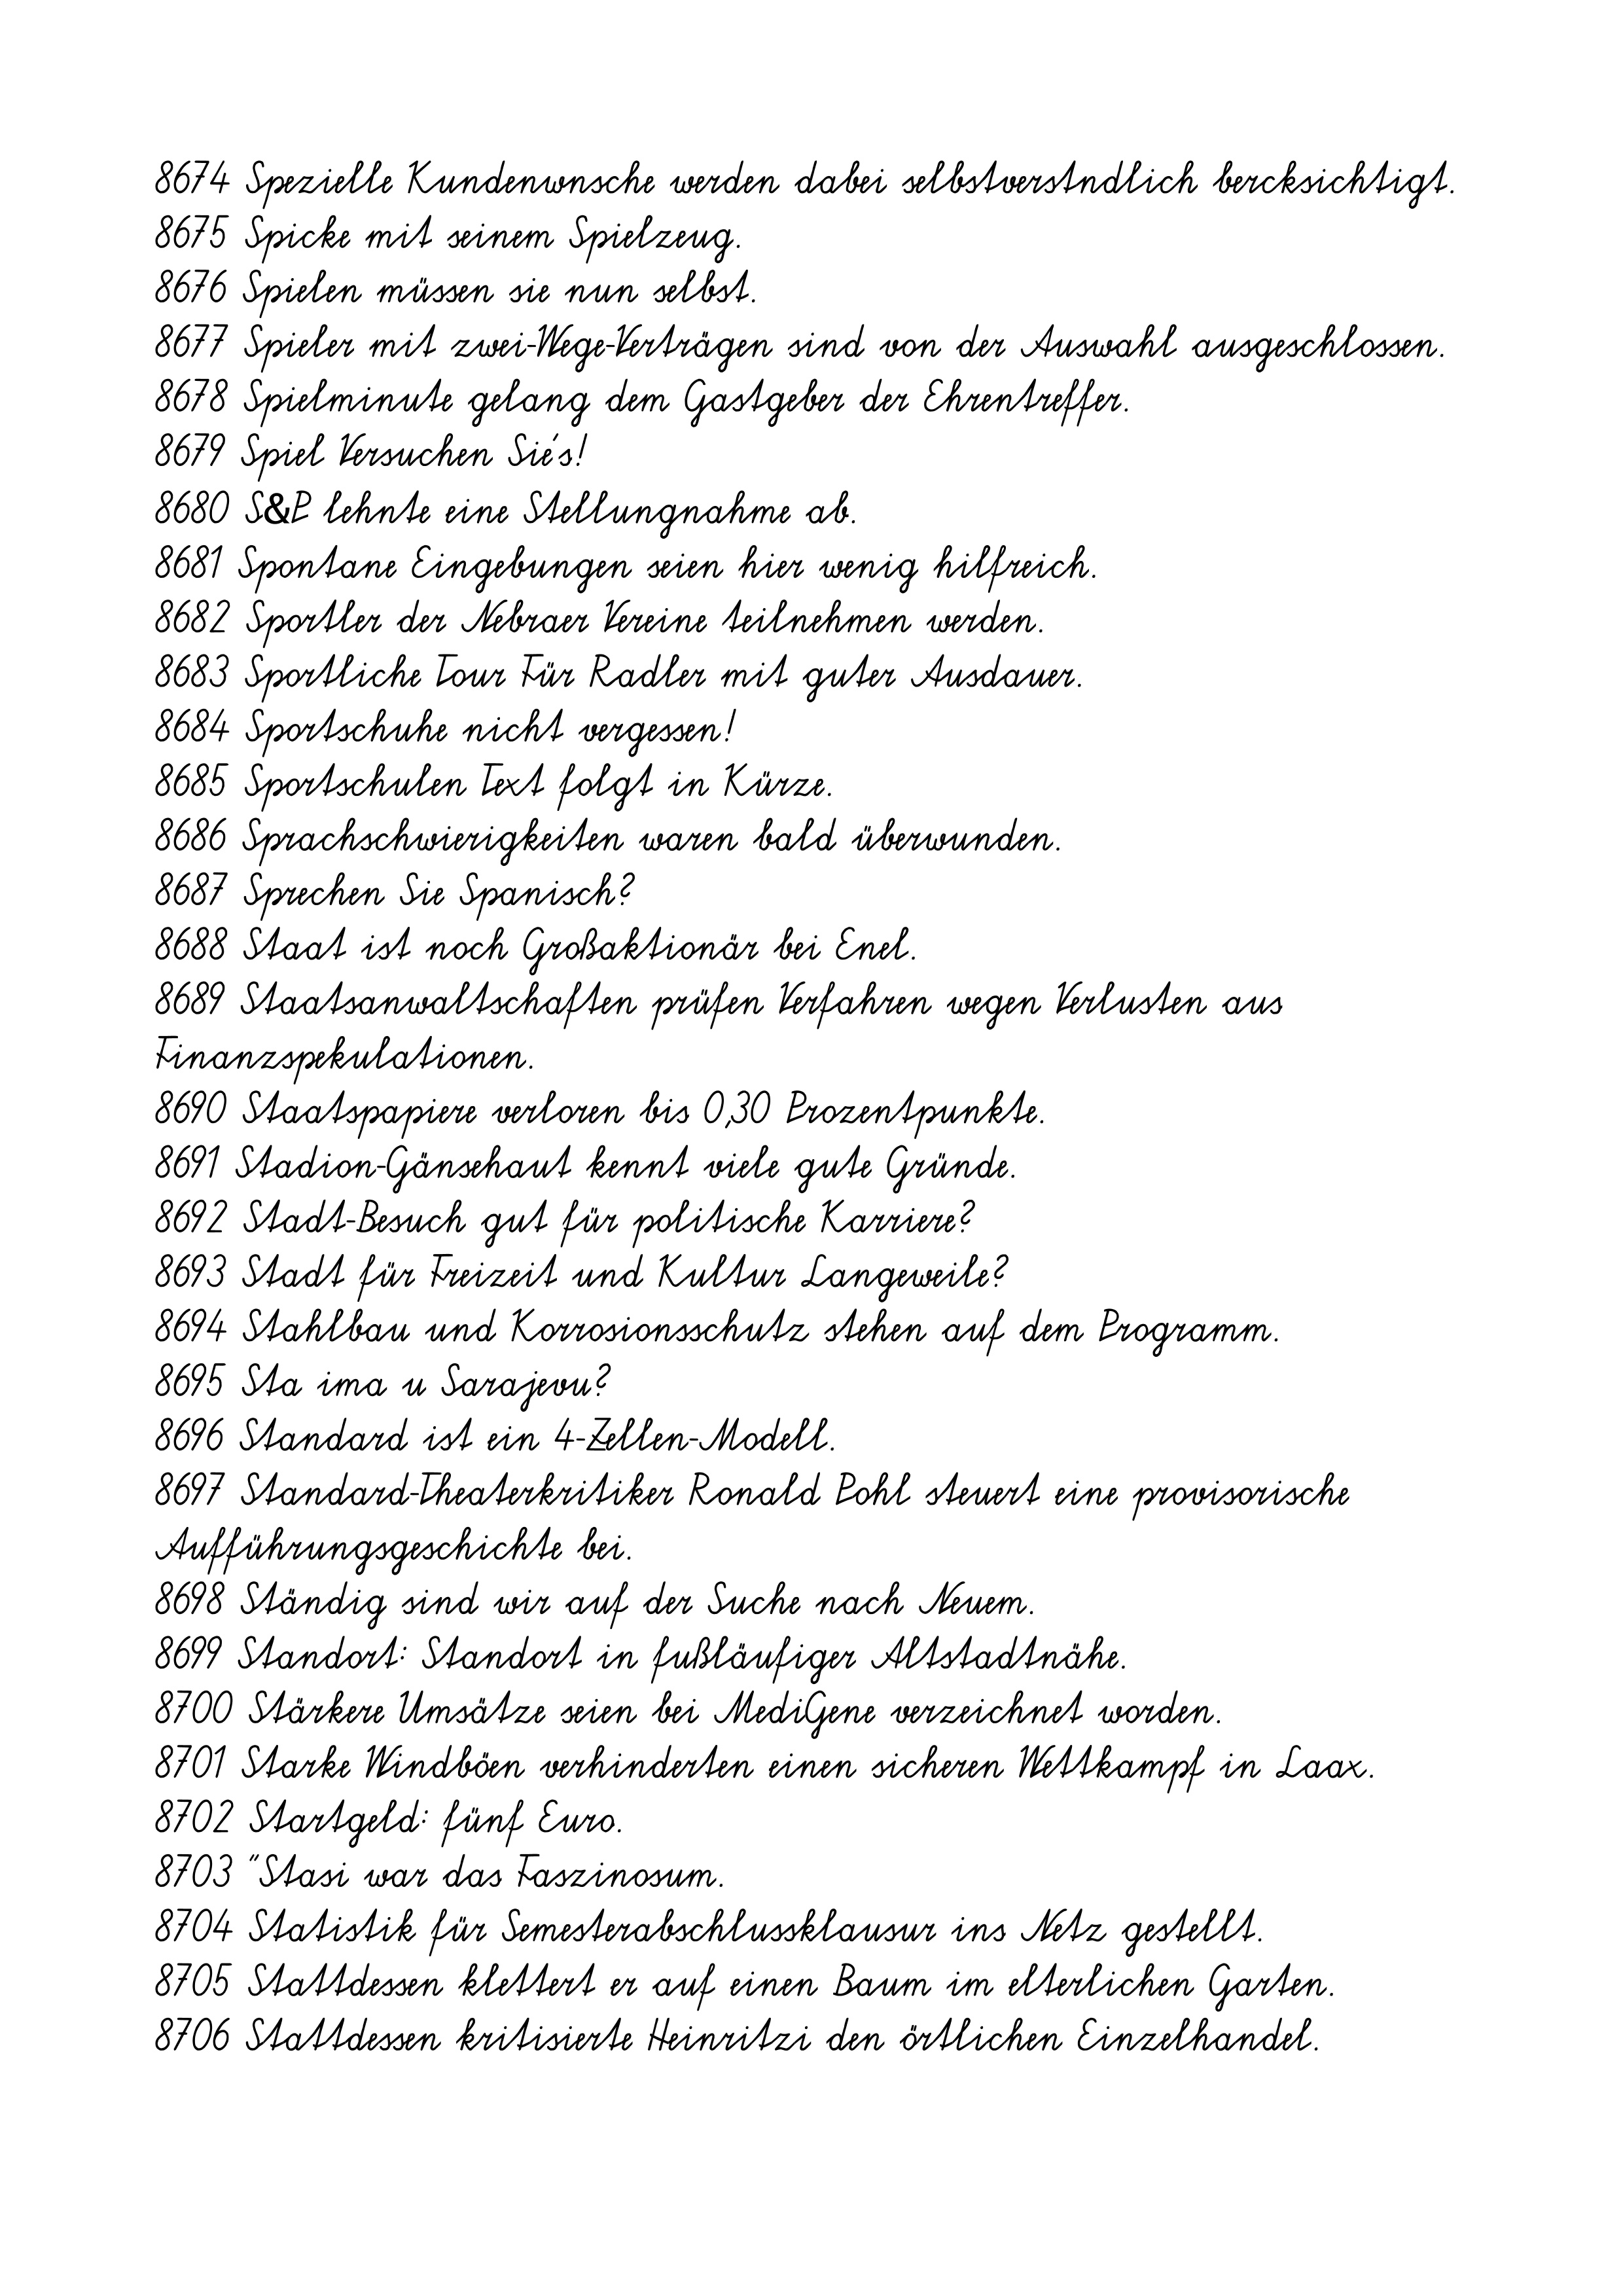
8674 Spezielle Kundenwnsche werden dabei selbstverstndlich bercksichtigt.
8675 Spicke mit seinem Spielzeug.
8676 Spielen müssen sie nun selbst.
8677 Spieler mit zwei-Wege-Verträgen sind von der Auswahl ausgeschlossen.
8678 Spielminute gelang dem Gastgeber der Ehrentreffer.
8679 Spiel Versuchen Sie's!
8680 S&P lehnte eine Stellungnahme ab.
8681 Spontane Eingebungen seien hier wenig hilfreich.
8682 Sportler der Nebraer Vereine teilnehmen werden.
8683 Sportliche Tour Für Radler mit guter Ausdauer.
8684 Sportschuhe nicht vergessen!
8685 Sportschulen Text folgt in Kürze.
8686 Sprachschwierigkeiten waren bald überwunden.
8687 Sprechen Sie Spanisch?
8688 Staat ist noch Großaktionär bei Enel.
8689 Staatsanwaltschaften prüfen Verfahren wegen Verlusten aus
Finanzspekulationen.
8690 Staatspapiere verloren bis 0,30 Prozentpunkte.
8691 Stadion-Gänsehaut kennt viele gute Gründe.
8692 Stadt-Besuch gut für politische Karriere?
8693 Stadt für Freizeit und Kultur Langeweile?
8694 Stahlbau und Korrosionsschutz stehen auf dem Programm.
8695 Sta ima u Sarajevu?
8696 Standard ist ein 4-Zellen-Modell.
8697 Standard-Theaterkritiker Ronald Pohl steuert eine provisorische
Aufführungsgeschichte bei.
8698 Ständig sind wir auf der Suche nach Neuem.
8699 Standort: Standort in fußläufiger Altstadtnähe.
8700 Stärkere Umsätze seien bei MediGene verzeichnet worden.
8701 Starke Windböen verhinderten einen sicheren Wettkampf in Laax.
8702 Startgeld: fünf Euro.
8703 "Stasi war das Faszinosum.
8704 Statistik für Semesterabschlussklausur ins Netz gestellt.
8705 Stattdessen klettert er auf einen Baum im elterlichen Garten.
8706 Stattdessen kritisierte Heinritzi den örtlichen Einzelhandel.